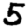
Digit: 5